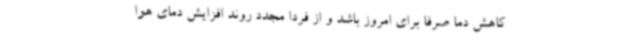
کاهش دما صرفاً برای امروز باشد و از فردا مجدد روند افزایش دمای هوا